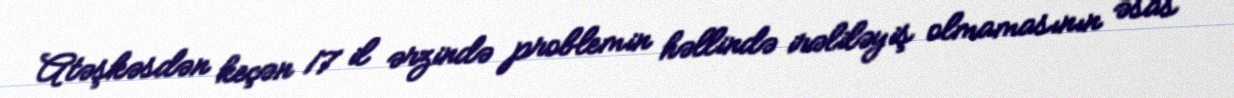
Atəşkəsdən keçən 17 il ərzində problemin həllində irəliləyiş olmamasının əsas